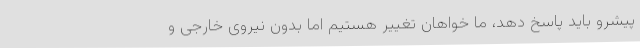
پیشرو باید پاسخ دهد، ما خواهان تغییر هستیم اما بدون نیروی خارجی و